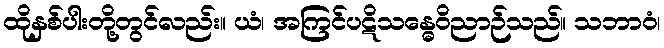
ထိုနှစ်ပါးတို့တွင်လည်း။ ယံ၊ အကြင်ပဋိသန္ဓေဝိညာဉ်သည်။ သဘာဝံ၊